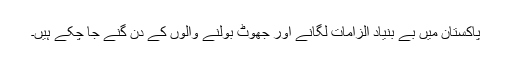
پاکستان میں بے بنیاد الزامات لگانے اور جھوٹ بولنے والوں کے دن گنے جا چکے ہیں۔